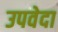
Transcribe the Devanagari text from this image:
उपवेदा